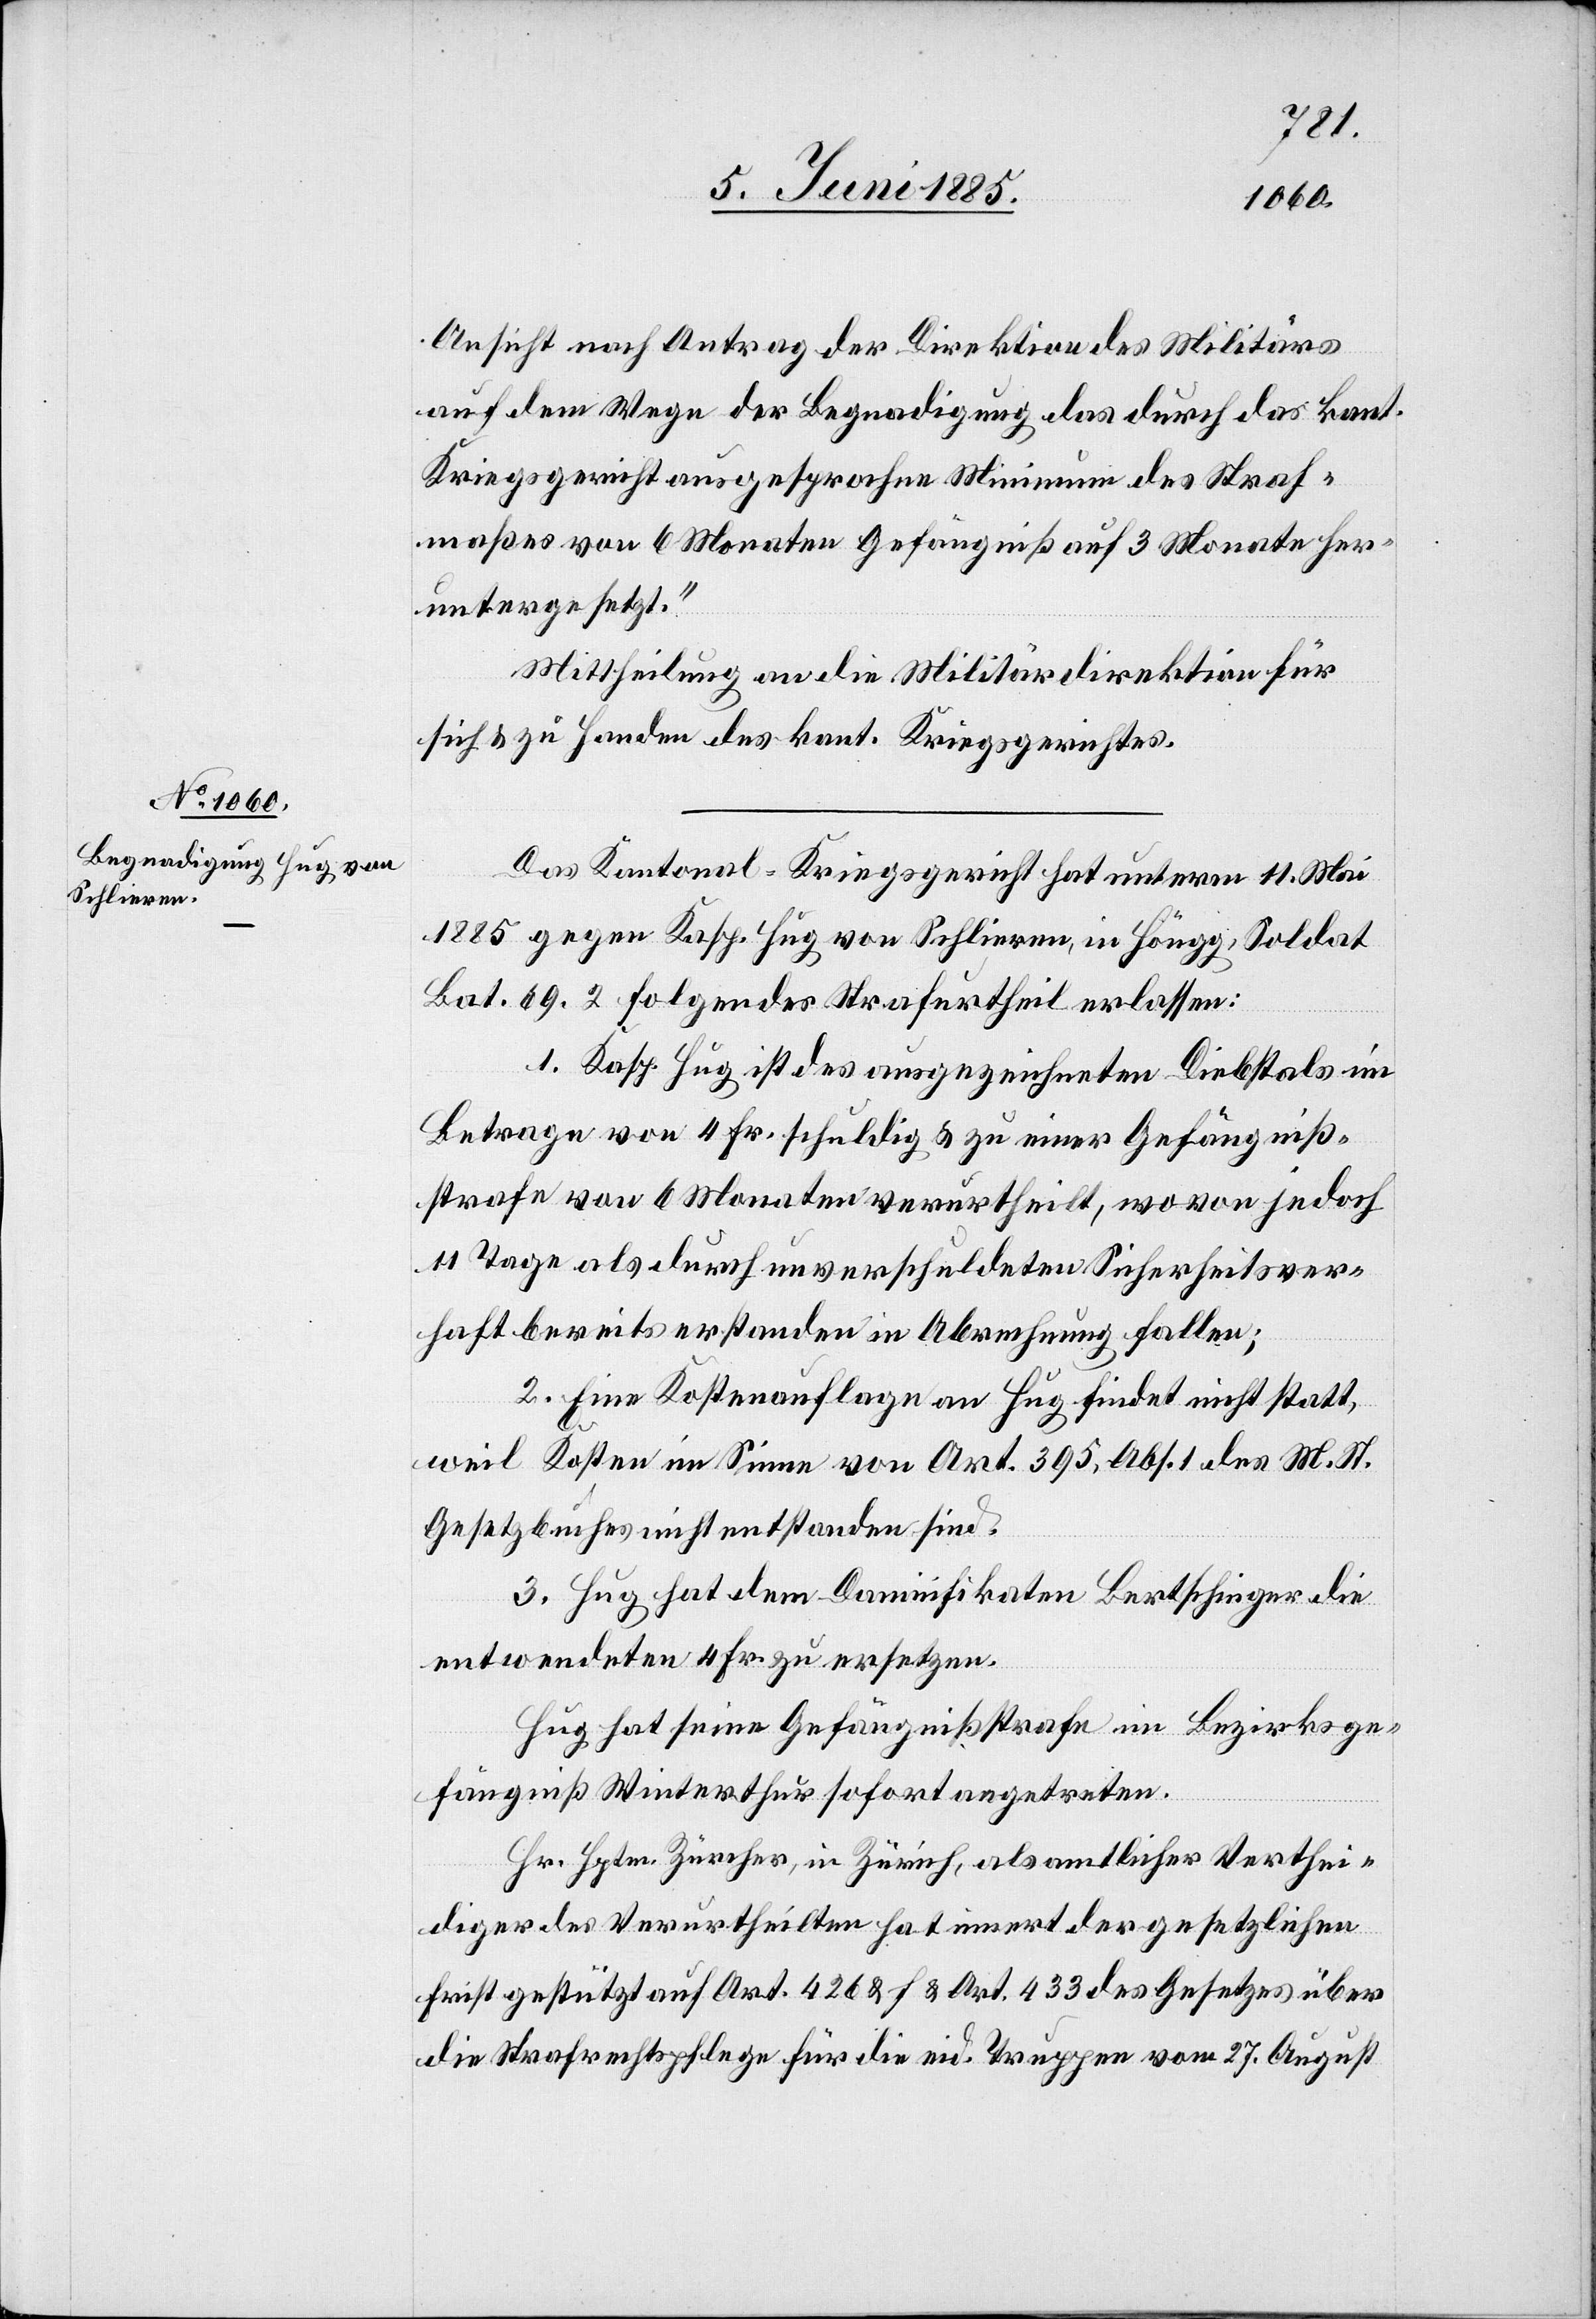
Ansicht nach Antrag der Direktion des Militärs
auf dem Wege der Begnadigung das durch das kant.
Kriegsgericht ausgesprochene Minimum des Straf¬
maßes von 6 Monaten Gefängniß auf 3 Monate her¬
untergesetzt.“
Mittheilung an die Militärdirektion für
sich & zu Handen des kant. Kriegsgerichtes.
Das Kantonal-Kriegsgericht hat unterm 11. Mai
1885 gegen Kasp. Hug von Schlieren, in Höngg, Soldat
Bat. 69. 2 folgendes Strafurtheil erlassen:
1. Kasp. Hug ist des ausgezeichneten Diebstals im
Betrage von 4 Fr. schuldig & zu einer Gefängniß¬
strafe von 6 Monaten verurtheilt, wovon jedoch
11 Tage als durch unverschuldeten Sicherheitsver¬
haft bereits erstanden in Abrechnung fallen;
2. Eine Kostenauflage an Hug findet nicht statt,
weil Kosten im Sinne von Art. 395, Abs. 1 des M. St.
Gesetzbuches nicht entstanden sind.
3. Hug hat dem Damnifikaten Bertschinger die
entwendeten 4 Fr. zu ersetzen.
Hug hat seine Gefängnißstrafe im Bezirksge¬
fängniß Winterthur sofort angetreten.
Hr. Hptm. Zürcher, in Zürich, als amtlicher Verthei¬
diger des Verurtheilten hat innert der gesetzlichen
Frist gestützt auf Art. 426 & f. & Art. 433 des Gesetzes über
die Strafrechtspflege für die eid. Truppen vom 27. August